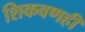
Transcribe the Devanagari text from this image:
शिकवणही